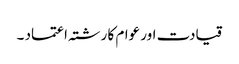
قیادت اور عوام کا رشتہ اعتماد ۔